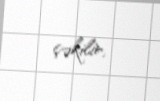
çəkilir.